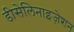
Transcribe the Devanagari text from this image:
डीसेलिनाइज़ेशन